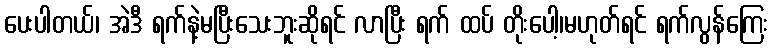
ပေးပါတယ်၊ အဲဒီ ရက်နဲ့မပြီးသေးဘူးဆိုရင် လာပြီး ရက် ထပ် တိုးပေါ့၊မဟုတ်ရင် ရက်လွန်ကြေး